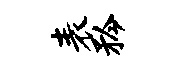
表矜